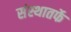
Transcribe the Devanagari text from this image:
संस्थातर्फे